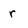
Character: r